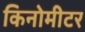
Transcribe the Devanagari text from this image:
किनोमीटर